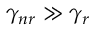
\gamma _ { n r } \gg \gamma _ { r }